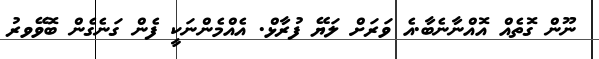
ނޫން ގޮތެއް އޮއްނާނެބާ.އެ ވަރަށް ލަޔޭ ފުރާޅް. އެއްމެންނަކީ ފެން ގަނެގެން ބޮވޭވރު